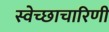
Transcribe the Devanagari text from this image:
स्वेच्छाचारिणी